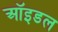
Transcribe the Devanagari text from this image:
ऑइडल